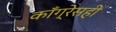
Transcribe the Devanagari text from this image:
काँग्रेसही